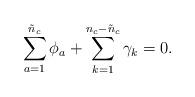
LaTeX: \begin{align*}\sum_{a=1}^{\tilde{n}_{c}} \phi_{a} + \sum_{k=1}^{n_{c}-\tilde{n}_{c}}\gamma_{k} = 0. \end{align*}